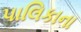
પાલિકાના